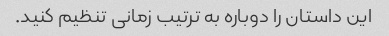
این داستان را دوباره به ترتیب زمانی تنظیم کنید.